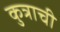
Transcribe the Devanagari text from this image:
कुत्राची